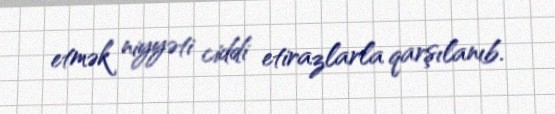
etmək niyyəti ciddi etirazlarla qarşılanıb.